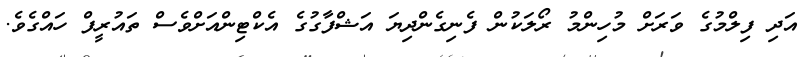
އަދި ފިލްމުގެ ވަރަށް މުހިންމު ރޯލަކުން ފެނިގެންދިޔަ އަޝްފާގުގެ އެކްޓިންއަށްވެސް ތައުރީފް ހައްގެވެ.